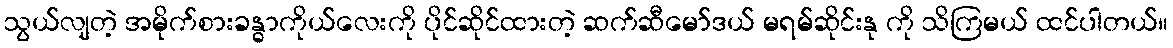
သွယ်လျတဲ့ အမိုက်စားခန္ဓာကိုယ်လေးကို ပိုင်ဆိုင်ထားတဲ့ ဆက်ဆီမော်ဒယ် မရမ်ဆိုင်းနု ကို သိကြမယ် ထင်ပါတယ်။